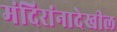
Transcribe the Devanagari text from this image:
मंदिरांनादेखील